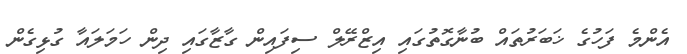
އެންމެ ފަހުގެ ޚަބަރުތައް ބުނާގޮތުގައި އިޒްރޭލް ސިފައިން ގާޒާގައި ދިން ހަމަލައާ ގުޅިގެން